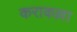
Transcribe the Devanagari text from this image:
कराकल्ला